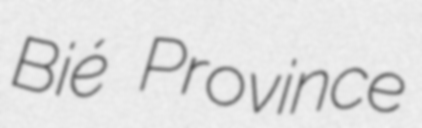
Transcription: Bié Province